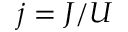
j = J / U